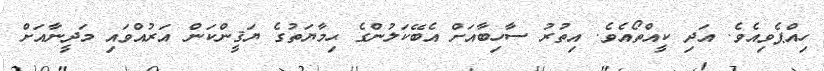
ހިއްޕެވިއެވެ. އަދި ކީއްތޯއެވެ. އިތުރު ސާހިބާއަށް އެބޭކަލުންގެ ޙިމާޔަތުގެ ޔަޤީންކަން އަރުއްވައި މަދީނާއަށް